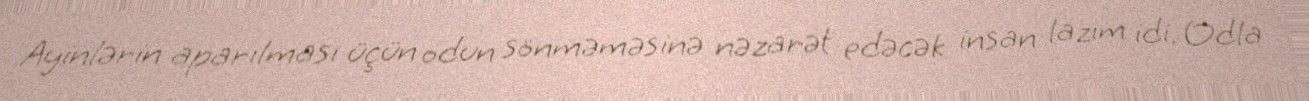
Ayinlərin aparılması üçün odun sönməməsinə nəzarət edəcək insan lazım idi. Odla